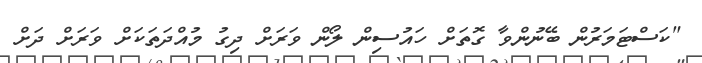
"ކަސްޓަމަރުން ބޭނުންވާ ގޮތަށް ހައުސިން ލޯން ވަރަށް ދިގު މުއްދަތަކަށް ވަރަށް ދަށް